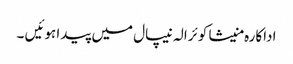
اداکارہ منیشا کوئرالہ نیپال میں پیدا ہوئیں ۔